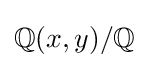
\mathbb {Q} (x,y)/\mathbb {Q}